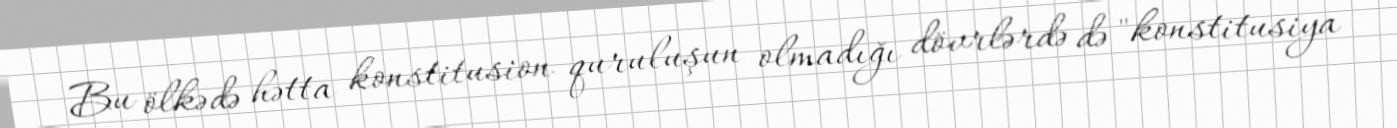
Bu ölkədə hətta konstitusion quruluşun olmadığı dövrlərdə də "konstitusiya